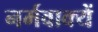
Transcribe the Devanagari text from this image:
नर्मवाक्यें